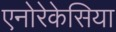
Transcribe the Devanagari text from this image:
एनोरेकेसिया